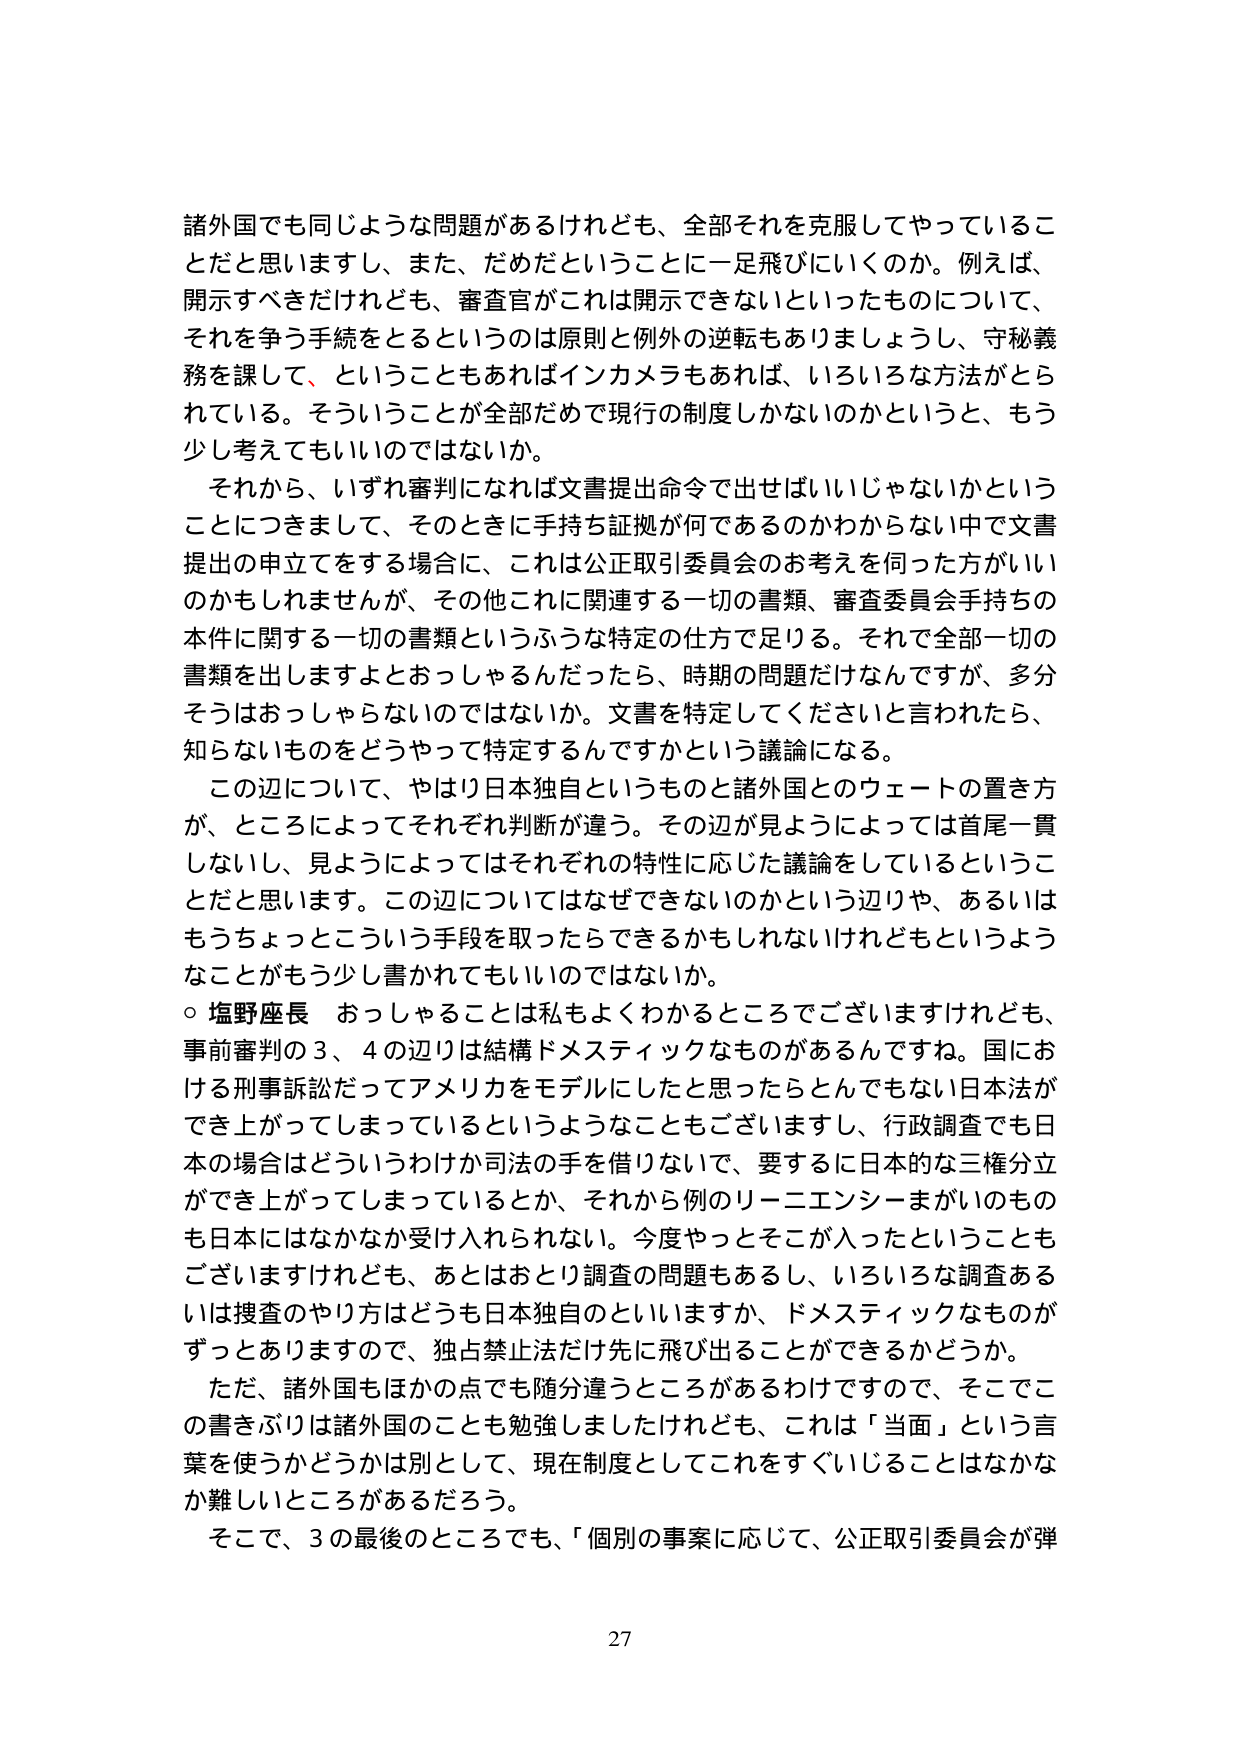
諸外国でも同じような問題があるけれども、全部それを克服してやっていることだと思いますし、また、だめだということに一足飛びにいくのか。例えば、開示すべきだけれども、審査官がこれは開示できないといったものについて、それを争う手续をとるというのは原則と例外の逆転もありましょうし、守秘義務を課して、ということもあればインカメラもあれば、いろいろな方法がとられている。そういうことが全部だめで現行の制度しかないのかというと、もう少し考えてもいいのではないか。

それから、いずれ審判になれば文書提出命令で出せばいいじゃないかということにつきまして、そのときに手持ち証拠が何であるのかわからない中で文書提出の申立てをする場合に、これは公正取引委員会のお考えを伺った方がいいのかもしれませんが、その他これに関連する一切の書類、審査委員会手持ちの本件に関する一切の書類というふうな特定の仕方で足りる。それで全部一切の書類を出しますよとおっしゃるんだったら、時期の問題だけなんですが、多分そうはおっしゃらないのではないか。文書を特定してくださいと言われたら、知らないものをどうやって特定するんですかという議論になる。

この辺について、やはり日本独自というのもと諸外国とのウェートの置き方が、ところによってそれぞれ判断が違う。その辺が見ようによっては首尾一貫しないし、見ようによってはそれぞれの特性に応じた議論をしているということだと思います。この辺についてはなぜできないのかという辺りや、あるいはもうちょっとこういう手段を取ったらできるかもしれないけれどもというようなことがもう少し書かれてもいいのではないか。

○ 塩野座長 おっしゃることは私もよくわかるところでございますけれども、事前審判の3、4の辺りは結構ドメスティックなものがあるんですね。国における刑事訴訟だってアメリカをモデルにしたと思ったらとんでもない日本法ができ上がってしまっているというようなこともございますし、行政調査でも日本の場合はどういうわけか司法の手を借りないで、要するに日本的な三権分立ができ上がってしまっているとか、それから例のリーニエンシーまがいのものも日本にはなかなか受け入れられない。今度やっとそこが入ったということもございますけれども、あとはおとり調査の問題もあるし、いろいろな調査あるいは捜査のやり方はどうも日本独自のといいますか、ドメスティックなものはずっとありますので、独占禁止法だけ先に飛び出ることができるかどうか。

ただ、諸外国もほかの点でも随分違うところがあるわけですので、そこでこの書きぶりは諸外国のことも勉強しましたけれども、これは「当面」という言葉を使うかどうかは別として、現在制度としてこれをすぐいじることはなかなか難しいところがあるだろう。

そこで、3の最後のところでも、「個別の事案に応じて、公正取引委員会が弾

27